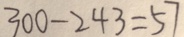
3 0 0 - 2 4 3 = 5 7